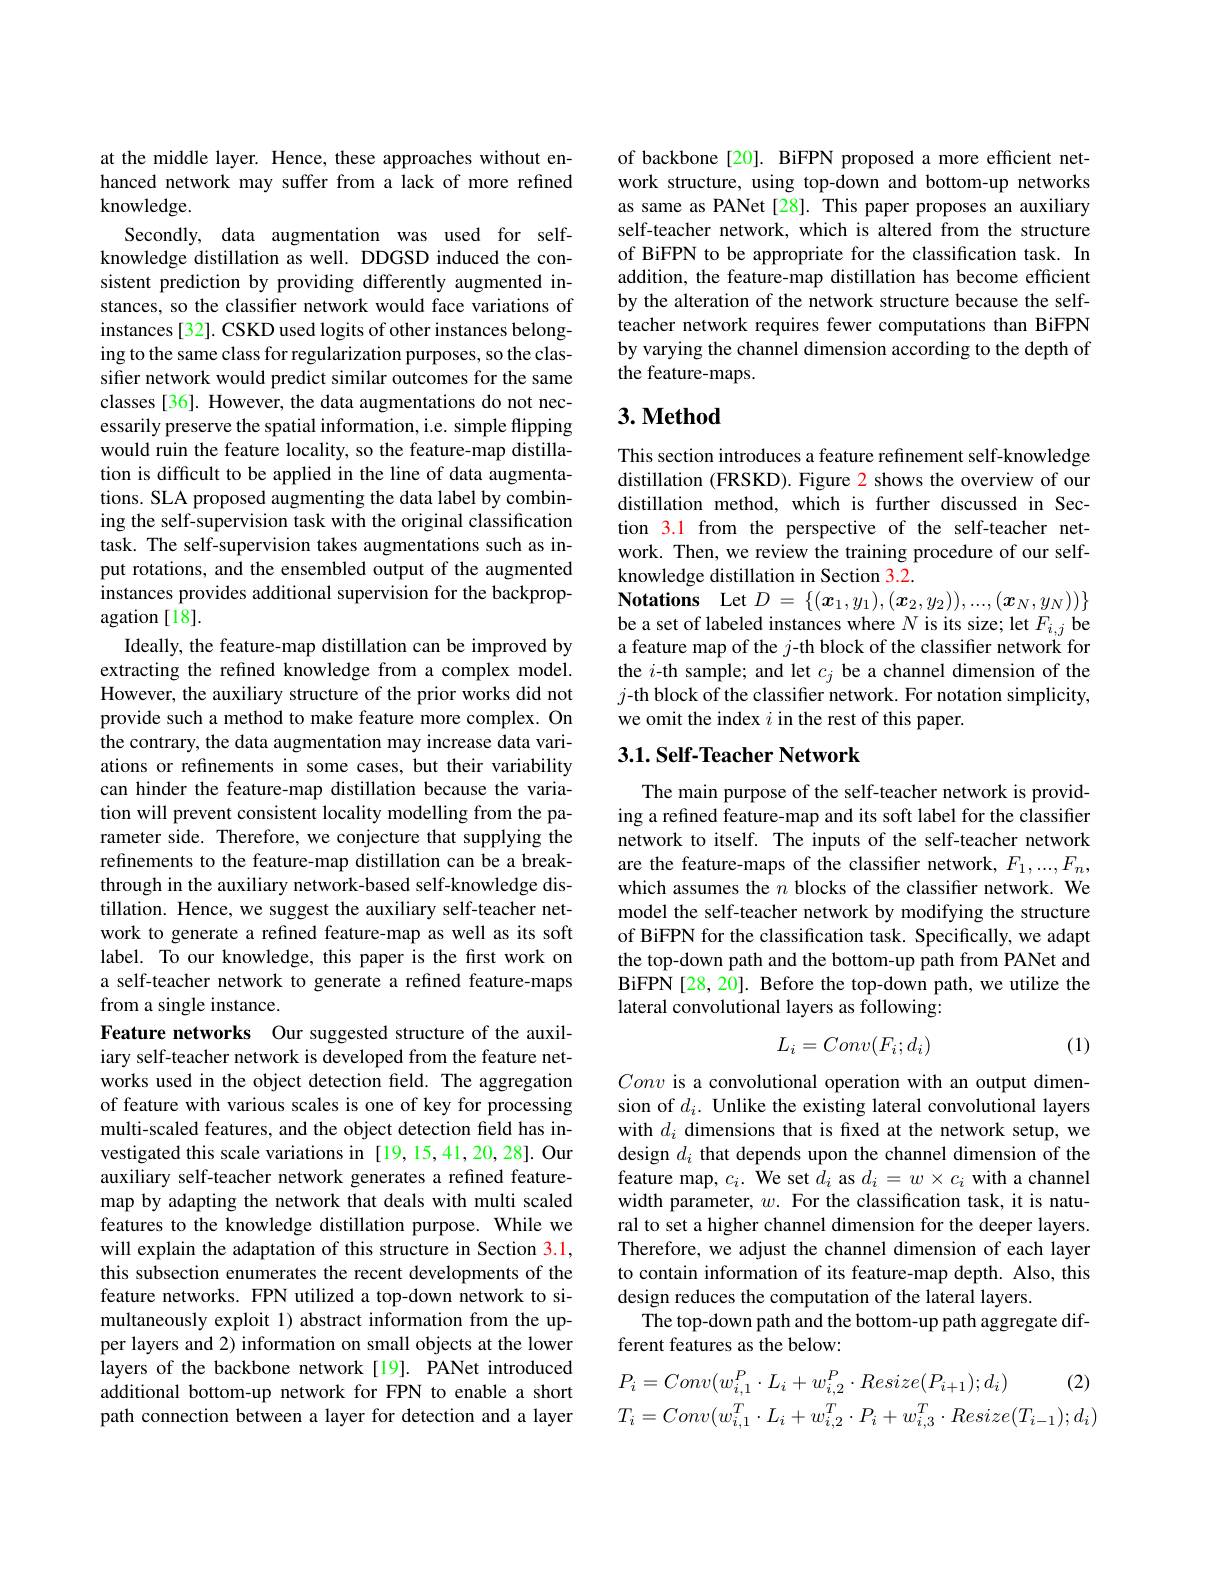
at the middle layer. Hence, these approaches without enhanced network may suffer from a lack of more refined knowledge.
Secondly, data augmentation was used for selfknowledge distillation as well. DDGSD induced the consistent prediction by providing differently augmented instances, so the classifier network would face variations of instances [32]. CSKD used logits of other instances belonging to the same class for regularization purposes, so the classifer network would predict similar outcomes for the same classes [36]. However, the data augmentations do not necessarily preserve the spatial information, i.e. simple flipping would ruin the feature locality, so the feature-map distillation is difficult to be applied in the line of data augmentations. SLA proposed augmenting the data label by combining the self-supervision task with the original classification task. The self-supervision takes augmentations such as input rotations, and the ensembled output of the augmented instances provides additional supervision for the backpropagation [18].
Ideally, the feature-map distillation can be improved by extracting the refined knowledge from a complex model. However, the auxiliary structure of the prior works did not provide such a method to make feature more complex. On the contrary, the data augmentation may increase data variations or refinements in some cases, but their variability can hinder the feature-map distillation because the variation will prevent consistent locality modelling from the parameter side. Therefore, we conjecture that supplying the refinements to the feature-map distillation can be a breakthrough in the auxiliary network-based self-knowledge distillation. Hence, we suggest the auxiliary self-teacher network to generate a refined feature-map as well as its soft label. To our knowledge, this paper is the frst work on a self-teacher network to generate a refined feature-maps from a single instance.
Feature networks Our suggested structure of the auxiliary self-teacher network is developed from the feature networks used in the object detection field. The aggregation of feature with various scales is one of key for processing multi-scaled features, and the object detection field has investigated this scale variations in [19,15,41,20,28]. Our auxiliary self-teacher network generates a refined featuremap by adapting the network that deals with multi scaled features to the knowledge distillation purpose. While we will explain the adaptation of this structure in Section 3.1, this subsection enumerates the recent developments of the feature networks. FPN utilized a top-down network to simultaneously exploit 1) abstract information from the upper layers and 2) information on small objects at the lower layers of the backbone network [19]. PANet introduced additional bottom-up network for FPN to enable a short path connection between a layer for detection and a layer

of backbone [20]. BiFPN proposed a more efficient network structure, using top-down and bottom-up networks as same as PANet [28]. This paper proposes an auxiliary self-teacher network, which is altered from the structure of BiFPN to be appropriate for the classification task. In addition, the feature-map distillation has become efficient by the alteration of the network structure because the selfteacher network requires fewer computations than BiFPN by varying the channel dimension according to the depth of the feature-maps.

## $3. \textbf{Method}$

This section introduces a feature refinement self-knowledge distillation (FRSKD). Figure 2 shows the overview of our distillation method, which is further discussed in Section 3.1 from the perspective of the self-teacher network. Then, we review the training procedure of our selfknowledge distillation in Section 3.2.
Notations Let $D=\{(\boldsymbol{x}_1,y_1),(\boldsymbol{x}_2,y_2)),...,(\boldsymbol{x}_N,\underline{y}_N))\}$ be a set of labeled instances where $N$ is its size; let $F_{i,j}$ be a feature map of the $j$-th block of the classiffer network for the $i$-th sample; and let $c_j$ be a channel dimension of the $j$-th block of the classifier network. For notation simplicity, we omit the index $i$ in the rest of this paper.

### $3. 1. \textbf{Self- Teacher Network}$

The main purpose of the self-teacher network is providing a refined feature-map and its soft label for the classifier network to itself. The inputs of the self-teacher network are the feature-maps of the classifier network, $F_1,...,F_n$, which assumes the $n$ blocks of the classifier network. We model the self-teacher network by modifying the structure of BiFPN for the classification task. Specifically, we adapt the top-down path and the bottom-up path from PANet and BiFPN [28, 20]. Before the top-down path, we utilize the lateral convolutional layers as following:
$$L_i=Conv(F_i;d_i)$$
(1)

Conv is a convolutional operation with an output dimension of $d_i.$ Unlike the existing lateral convolutional layers with $d_i$ dimensions that is fixed at the network setup, we design $d_i$ that depends upon the channel dimension of the feature map, $c_i.$ We set $d_i$ as $d_i=w\times c_i$ with a channel width parameter, $w.$ For the classification task, it is natural to set a higher channel dimension for the deeper layers. Therefore, we adjust the channel dimension of each layer to contain information of its feature-map depth. Also, this design reduces the computation of the lateral layers.
The top-down path and the bottom-up path aggregate dif-
ferent features as the below:
$$P_{i}=Conv(w_{i,1}^{P}\cdot L_{i}+w_{i,2}^{P}\cdot Resize(P_{i+1});d_{i})\quad(2)\\T_{i}=Conv(w_{i,1}^{T}\cdot L_{i}+w_{i,2}^{T}\cdot P_{i}+w_{i,3}^{T}\cdot Resize(T_{i-1});d_{i})$$